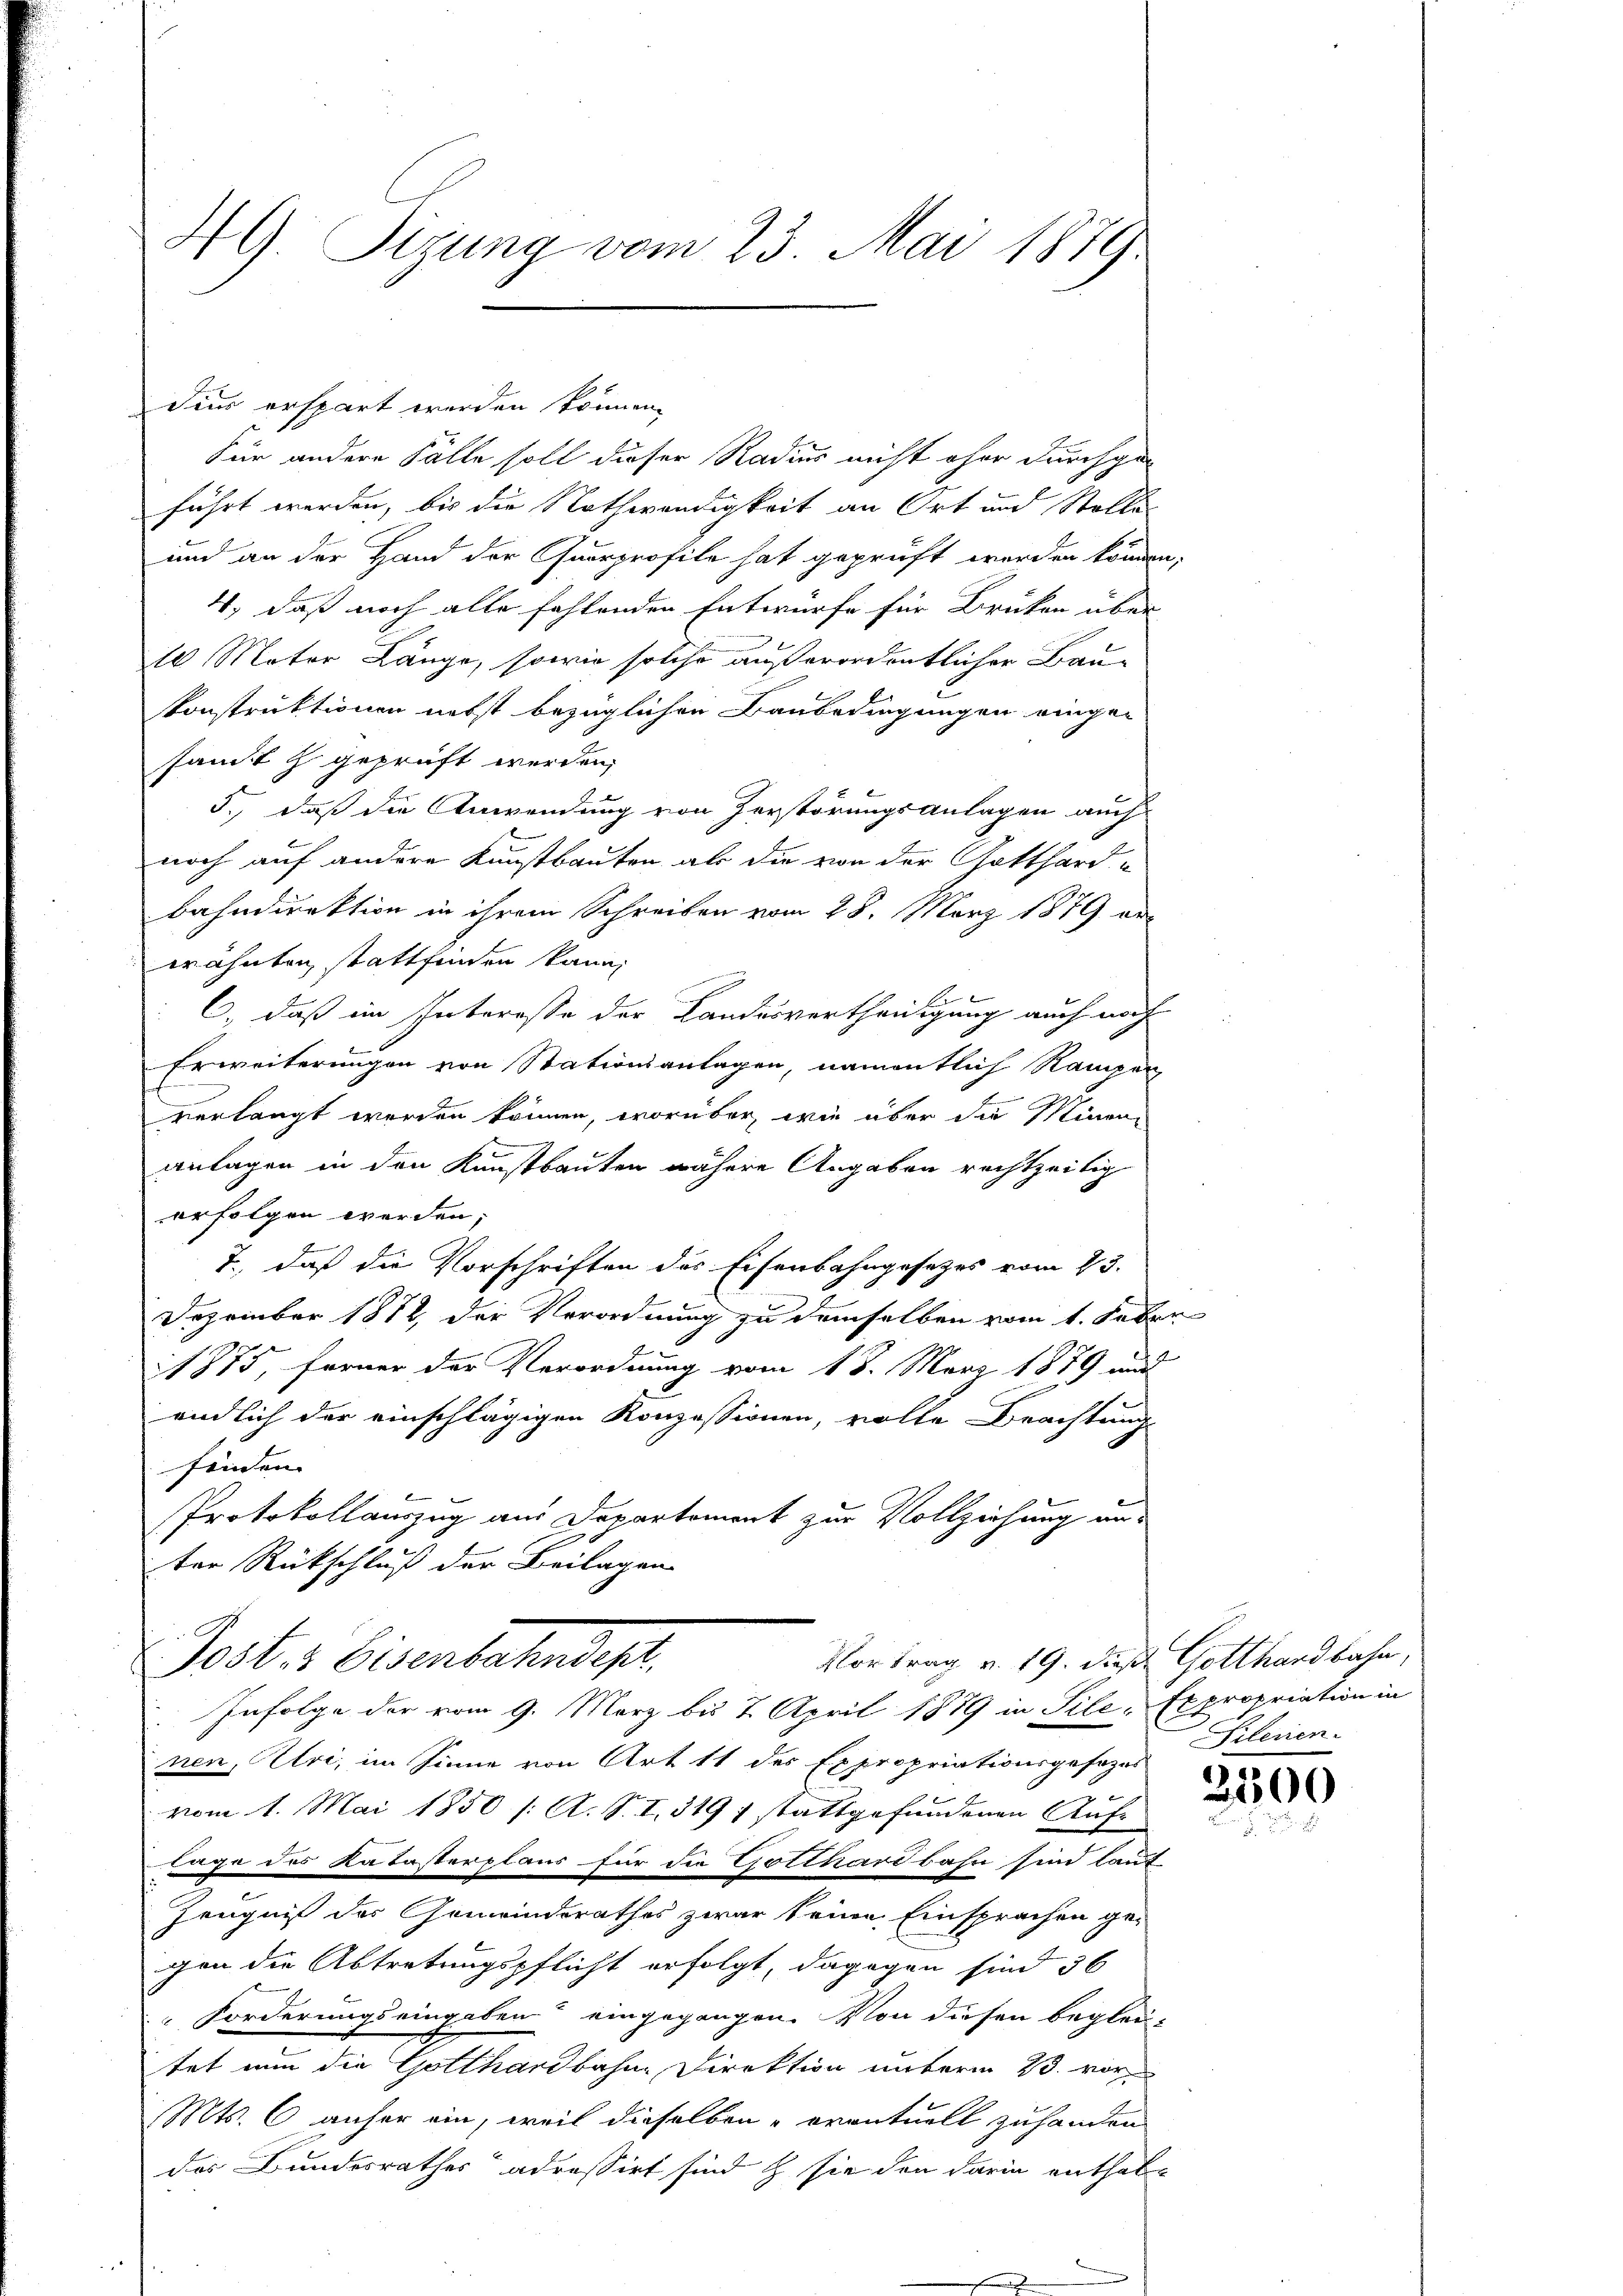
HG Sizung vom 23. Mai 1879.

dies erspart werden können.
Für andere Fälle soll dieser Radius nicht ohne durchga-
führt werden, bis die Nothwendigkeit an Ort und Stelle
und an der Hand der Caurprofile hat geprüft werden können,
4, daß noch alle fehlenden Entwürfe für Brüken über
10 Mater Länge, sowie solche außerordentlicher Bau-
konstruktionen nebst bezüglichen Baubedingungen einge-
sandt zu geprüft werden,
5., daß die Anwendung von Zerstörungsanlagen auch
noch auf andere Kunstbauten, als die von der Gotthard-
bahndirektion in ihrem Schreiben vom 28. März 1879 an
wähnten, stattfinden kann,
C, daß im Interesse der Landesvertheidigung auch noch
Erweiterungen von Stationsanlagen, namentlich Stampen
verlangt werden können, worüber, wie über die Minen-
anlagen in den Kunstbauten nähere Angaben rechtzeitig
erfolgen werden;
T., daß die Vorschriften des Eisenbahngesetzes vom 23.
Dezember 1882, der Verordnung zu demselben vom 1. Seber
11875, ferner der Verordnung vom 18. März 1879 und
endlich der einschlägigen Konzessionen, volle Beachtung
finden.
Protokollauszug aus Departement zur Vollziehung aus
ter Rückschluß der Beilagen
Vortrag v. 19. dieß Gotthardbahn,
Poster Eisenbahndes,
Infolge der vom 9. März bis 7. April 1879 in Sile-Expropriation in
nen, Uri, im Sinne von Art 11 des Expropriationsgesezes
vom 1. Mai 1850 /: A. S. I. 319 f stattgefundenen Auf-
lage des Katasterplaus für die Gotthardbahn sind laut
Zeugniß des Gemeindsrathes zwar keine Einsprachen ge-
gen die Abtretungspflicht erfolgt, dagegen sind 36
Forderungseingaben eingegangen. Von diesen beglei-
tet nun die Gotthardbahne Direktion unterm 23. vor
Mts. 6 anfer ein, weil dieselben eventuell zu handen
das Bundesrathes adressirt sind & sie den darin enthal-

Silesen.

35500